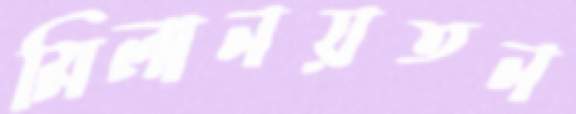
মিলানয়তন